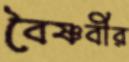
বৈষ্ণবীর